Report on sanitation, dispensaries, and jails in Rajputana for 1912, and on vaccination for the year 1912-1913 - 1912-1913
Year: 1912
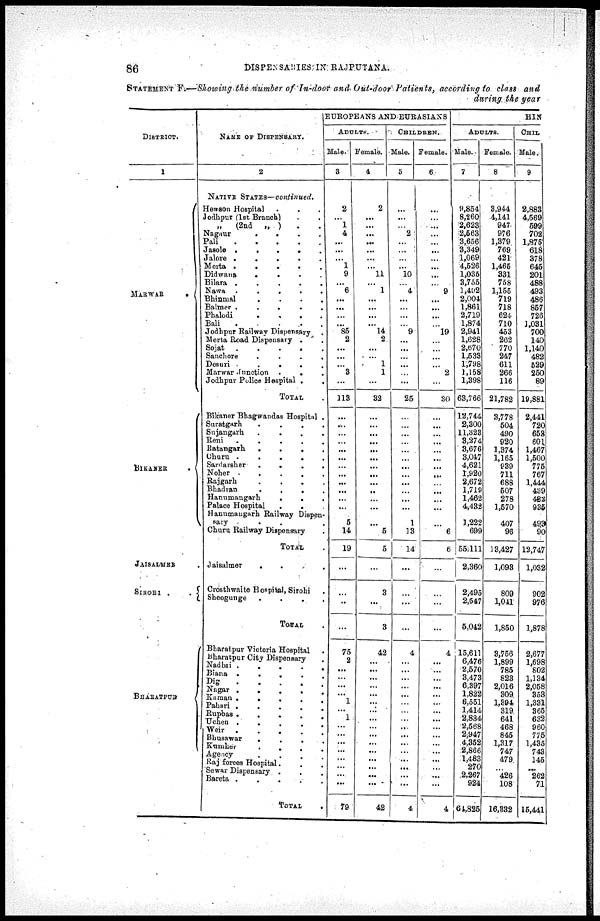
86
DISPENSARIES IN RAJPUTANA.
STATEMENT F.—Showing the number of In-door and Out-door Patients, according to class and
during the year
DISTRICT.
1
MARWAR
.
BIKANER
.
JAISALMER
SIROHI .
.
BHARATPUR
NAME OF DISPENSARY.
2
NATIVE STATES—continued.
Hewson Hospital . . .
Jodhpur (1st Branch) . .
„
(2nd „ ) . .
Nagaur
.
. . .
Pali
.
.
.
.
.
Jasole .
.
.
.
.
Jalore .
.
. . .
Merta .
.
.
. .
Didwana
.
. . .
Bilara .
.
.
.
.
Nawa .
.
.
.
.
Bhiamal
. . . .
Balmer
.
.
.
.
.
Phalodi
. . . .
Bali
.
.
.
.
.
Jodhpur Railway Dispensary .
Merta Road Dispensary . .
Sojat
.
.
.
.
.
Sanchore
.
.
.
.
Desuri
.
.
.
.
Marwar Junction
.
.
Jodhpur Police Hospital .
.
TOTAL .
Bikaner Bhagwandas Hospital .
Suratgarh
. . . .
Sujangarh
. . . .
Reni
.
. . . .
Ratangarh
.
.
.
.
Churu .
.
.
.
.
Sardarsher
.
.
.
.
Noher . . . . .
Rajgarh
. . . .
Bhadran
.
.
.
.
Hanumangarh
.
. .
Palace Hospital
.
. .
Hanumaugarh Railway Dispen¬
sary
Churu Railway Dispensary .
TOTAL .
Jaisalmer
.
.
.
Crosthwaite Hospital, Sirohi
Sheogunge . . . .
TOTAL .
Bharatpur Victoria Hospital .
Bharatpur City Dispensary .
Nadbai
.
.
.
.
.
Biana .
.
.
.
.
Dig
.
.
.
.
.
Nagar .
.
.
.
.
Kaman .
.
.
.
.
Pahari .
.
.
.
.
Rupbas .
.
.
.
.
Uchen
.
.
.
.
.
Weir
.
.
.
.
.
Bhusawar
.
.
.
.
Kumher
.
.
.
.
Agency
. . . .
Raj forces Hospital.
Sewar Dispensary .
.
.
Bareta . . . . .
TOTAL
.
EUROPEANS AND EURASIANS
ADULTS.
Male.
3
2
...
1
4
...
...
...
1
9
...
6
...
...
...
...
85
2
...
...
...
3
...
113
...
...
...
...
...
...
...
...
...
...
...
...
5
14
19
...
...
...
...
75
2
...
...
...
...
1
...
1
...
...
...
...
...
...
...
...
79
Female.
4
2
...
...
...
...
...
...
...
11
...
1
...
...
...
...
14
2
...
...
1
1
...
32
...
...
...
...
...
...
...
...
...
...
...
...
...
5
5
...
3
...
3
42
...
...
...
...
...
...
...
...
...
...
...
...
...
...
...
...
42
CHILDREN.
Male.
5
...
...
...
2
...
...
...
...
10
...
4
...
...
...
...
9
...
...
...
...
...
...
25
...
...
...
...
...
...
...
...
...
...
...
...
1
13
14
...
...
...
...
4
...
...
...
...
...
...
...
...
...
...
...
...
...
...
...
...
4
Female.
6
...
...
...
...
...
...
...
...
...
...
9
...
...
...
...
19
...
...
...
...
2
...
30
...
...
...
...
...
...
...
...
...
...
...
...
...
6
6
...
...
...
...
4
...
...
...
...
...
...
...
...
...
...
...
...
...
...
...
...
4
HIN
ADULTS.
Male.
7
9,854
8,260
2,623
2,563
3,656
3,349
1,069
4,526
1,035
3,755
3,492
2,004
1,861
2,719
1,874
2,941
1,628
2,670
1,533
1,798
1,158
1,398
63,766
12,744
2,300
11,323
3,274
3,676
3,047
4,621
1,920
2,672
1,719
1,462
4,432
1,222
699
55,111
2,360
2,495
2,547
5,042
15,611
6,476
2,570
3,473
6,397
1,822
6,551
1,414
2,834
2,568
2,947
4,352
2,866
1,483
270
2,267
924
64,825
Female.
8
3,944
4,141
947
976
1,379
769
421
1,465
331
758
1,155
719
718
624
710
453
262
770
247
611
266
116
21,782
3,778
504
490
920
1,374
1,165
939
711
688
507
278
1,570
407
96
13,427
1,093
809
1,011
1,850
3,756
1,899
785
823
2,016
309
1,394
319
641
468
845
1,317
747
479
...
426
108
16,332
CHIL
Male.
9
2,883
4,569
599
702
1,875
618
378
645
201
488
493
486
857
726
1,031
700
140
1,140
482
529
250
89
19,881
2,441
720
653
601
1,467
1,500
775
767
1,444
439
422
935
493
90
12,747
1,032
902
976
1,878
2,677
1,698
802
1,134
2,058
353
1,331
365
632
960
775
1,435
743
145
...
262
71
15,441